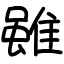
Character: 雖